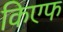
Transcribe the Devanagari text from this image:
किएफ